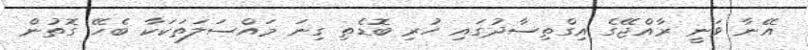
އޭނާ ވަނީ ރާއްޖޭގެ އިގްތިސާދުގައި ހުރި ބޮޑެތި ގިނަ މައްސަލަތަކަކާ ބެހޭ ގޮތުން